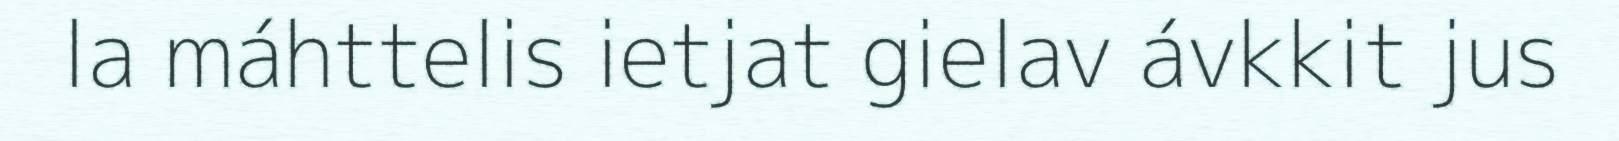
la máhttelis ietjat gielav ávkkit jus